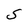
Character: S